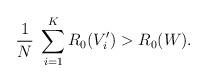
LaTeX: \begin{align*}\frac1N\;\sum_{i=1}^K R_0(V'_i) > R_0(W).\end{align*}